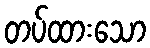
တပ်ထားသော